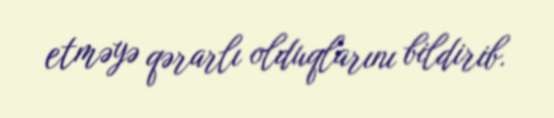
etməyə qərarlı olduqlarını bildirib.